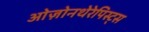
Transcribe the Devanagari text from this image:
ओज़ोनथेरेपिस्ट्स